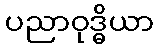
ပညာဝုဒ္ဓိယာ